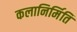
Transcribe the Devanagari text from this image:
कलानिर्मिति